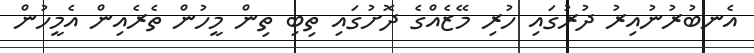
އެނބުރުނުއިރު ދުރުގައި ހުރި މޭޒެއްގެ ދޮށުގައި ތިބި ތިން މީހުން ތެރެއިން އެމީހުން